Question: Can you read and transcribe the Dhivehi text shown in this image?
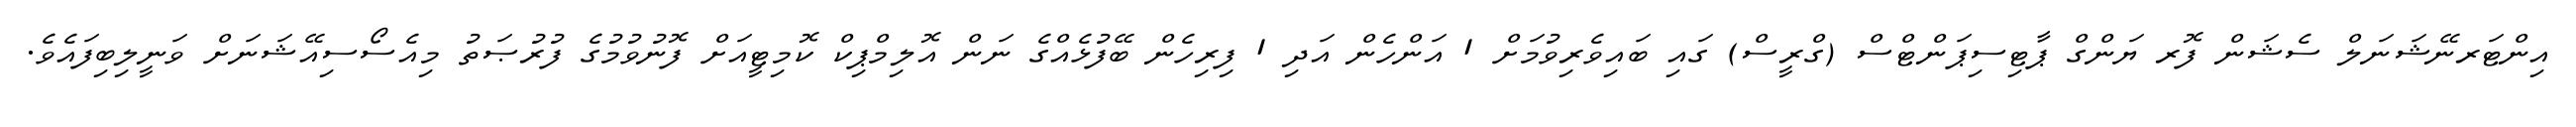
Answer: އިންޓަރނޭޝަނަލް ސެޝަން ފޮރ ޔަންގް ޕާޓިސިޕަންޓްސް (ގްރީސް) ގައި ބައިވެރިވުމަށް 1 އަންހެން އަދި 1 ފިރިހެން ބޭފުޅެއްގެ ނަން އޮލިމްޕިކް ކޮމިޓީއަށް ފޮނުވުމުގެ ފުރުޞަތު މިއެސޯސިއޭޝަނަށް ވަނީލިބިފައެވެ.